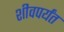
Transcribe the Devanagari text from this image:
शीवपर्यंत